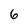
Character: 6